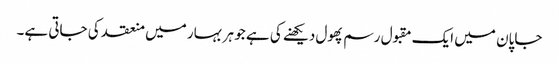
جاپان میں ایک مقبول رسم پھول دیکھنے کی ہے جو ہر بہار میں منعقد کی جاتی ہے۔